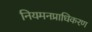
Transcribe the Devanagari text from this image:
नियमनप्राधिकरण